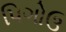
પિગોઉ